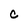
Character: C